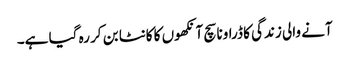
آنے والی زندگی کا ڈراونا سچ آنکھوں کا کانٹا بن کر رہ گیا ہے۔